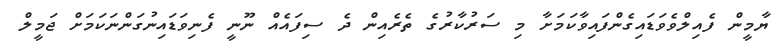
ޔާމީން ފެއިލްވެވަޑައިގެންފައިވާކަމަށާ މި ސަރުކާރުގެ ތެރެއިން ދެ ސިފައެއް ނޫނީ ފެނިވަޑައިނުގަންނަކަމަށް ޖަމީލް